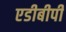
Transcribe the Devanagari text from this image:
एडीबीपी